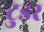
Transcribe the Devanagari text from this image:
टुडर